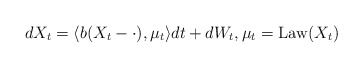
\begin{align*} dX_t=\langle b(X_t-\cdot),\mu_t\rangle dt+dW_t,\mu_t=\operatorname{Law}(X_t)\end{align*}